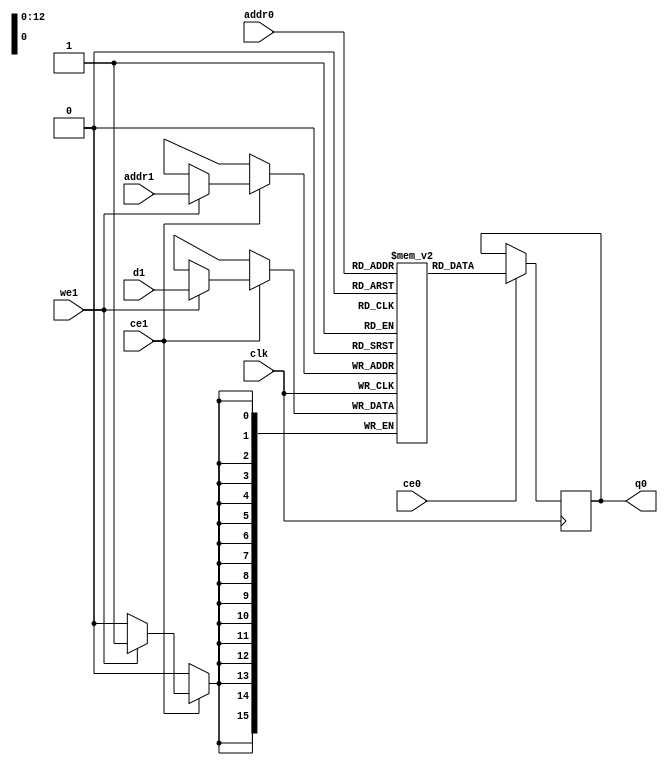
// ==============================================================
// File generated by Vivado(TM) HLS - High-Level Synthesis from C, C++ and SystemC
// Version: 2017.4
// Copyright (C) 1986-2017 Xilinx, Inc. All Rights Reserved.
// 
// ==============================================================

`timescale 1 ns / 1 ps
module line_buffer_mp_3_cud_ram (addr0, ce0, q0, addr1, ce1, d1, we1,  clk);

parameter DWIDTH = 16;
parameter AWIDTH = 13;
parameter MEM_SIZE = 8064;

input[AWIDTH-1:0] addr0;
input ce0;
output reg[DWIDTH-1:0] q0;
input[AWIDTH-1:0] addr1;
input ce1;
input[DWIDTH-1:0] d1;
input we1;
input clk;

(* ram_style = "block" *)reg [DWIDTH-1:0] ram[0:MEM_SIZE-1];




always @(posedge clk)  
begin 
    if (ce0) 
    begin
            q0 <= ram[addr0];
    end
end


always @(posedge clk)  
begin 
    if (ce1) 
    begin
        if (we1) 
        begin 
            ram[addr1] <= d1; 
        end 
    end
end


endmodule


`timescale 1 ns / 1 ps
module line_buffer_mp_3_cud(
    reset,
    clk,
    address0,
    ce0,
    q0,
    address1,
    ce1,
    we1,
    d1);

parameter DataWidth = 32'd16;
parameter AddressRange = 32'd8064;
parameter AddressWidth = 32'd13;
input reset;
input clk;
input[AddressWidth - 1:0] address0;
input ce0;
output[DataWidth - 1:0] q0;
input[AddressWidth - 1:0] address1;
input ce1;
input we1;
input[DataWidth - 1:0] d1;



line_buffer_mp_3_cud_ram line_buffer_mp_3_cud_ram_U(
    .clk( clk ),
    .addr0( address0 ),
    .ce0( ce0 ),
    .q0( q0 ),
    .addr1( address1 ),
    .ce1( ce1 ),
    .d1( d1 ),
    .we1( we1 ));

endmodule